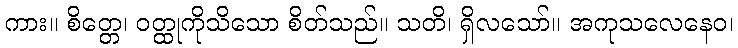
ကား။ စိတ္တေ၊ ဝတ္ထုကိုသိသော စိတ်သည်။ သတိ၊ ရှိလသော်။ အကုသလေနေဝ၊